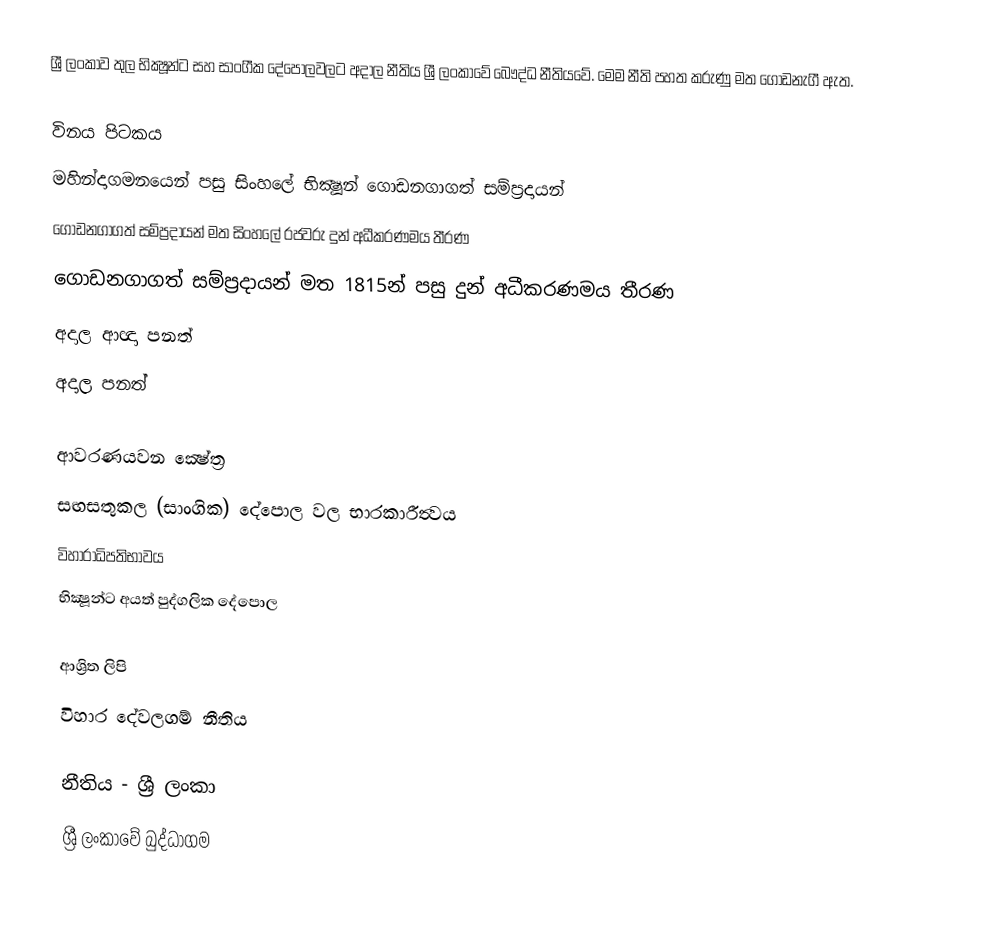
ශ්‍රී ලංකාව තුල භික්‍ෂූන්ට සහ සාංගීක දේපොලවලට අදාල නීතිය ශ්‍රී ලංකාවේ බෞද්ධ නීතියවේ. මෙම නීති පහත කරුණු මත ගොඩනැගී ඇත.

 විනය පිටකය
 මහින්දාගමනයෙන් පසු සිංහලේ භික්‍ෂූන් ගොඩනගාගත් සම්ප්‍රදායන්
 ගොඩනගාගත් සම්ප්‍රදායන් මත සිංහලේ රජවරු දුන් අධීකරණමය තීරණ
 ගොඩනගාගත් සම්ප්‍රදායන් මත 1815න් පසු දුන්  අධීකරණමය තීරණ
 අදාල ආඥා පනත්
 අදාල පනත්

ආවරණයවන ක්‍ෂේත්‍ර
 සඟසතුකල (සාංගික) දේපොල වල භාරකාරීත්‍වය
 විහාරාධිපතිභාවය
 භික්‍ෂූන්ට අයත් පුද්ගලික  දේපොල

ආශ්‍රිත ලිපි
 විහාර දේවලගම් නීතිය

නීතිය - ශ්‍රී ලංකා
ශ්‍රී ලංකාවේ බුද්ධාගම